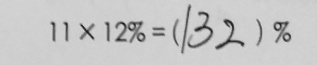
1 1 \times 1 2 \% = ( 1 3 2 ) \%